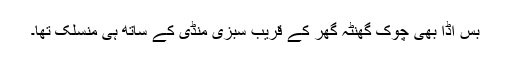
بس اڈا بھی چوک گھنٹہ گھر کے قریب سبزی منڈی کے ساتھ ہی منسلک تھا۔